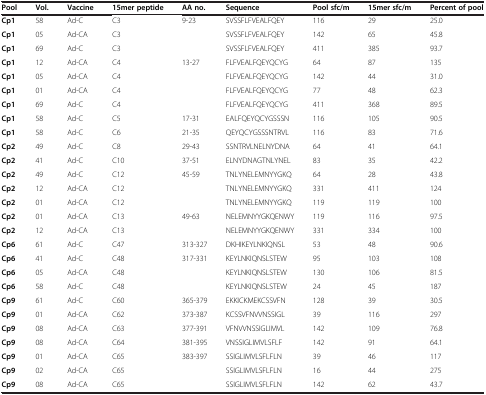
<table><thead><tr><td><b>Pool</b></td><td><b>Vol.</b></td><td><b>Vaccine</b></td><td><b>15mer peptide</b></td><td><b>AA no.</b></td><td><b>Sequence</b></td><td><b>Pool sfc/m</b></td><td><b>15mer sfc/m</b></td><td><b>Percent of pool</b></td></tr></thead><tbody><tr><td><b>Cp1</b></td><td>58</td><td>Ad-C</td><td>C3</td><td>9-23</td><td>SVSSFLFVEALFQEY</td><td>116</td><td>29</td><td>25.0</td></tr><tr><td><b>Cp1</b></td><td>05</td><td>Ad-CA</td><td>C3</td><td> </td><td>SVSSFLFVEALFQEY</td><td>142</td><td>65</td><td>45.8</td></tr><tr><td><b>Cp1</b></td><td>69</td><td>Ad-C</td><td>C3</td><td> </td><td>SVSSFLFVEALFQEY</td><td>411</td><td>385</td><td>93.7</td></tr><tr><td><b>Cp1</b></td><td>12</td><td>Ad-CA</td><td>C4</td><td>13-27</td><td>FLFVEALFQEYQCYG</td><td>64</td><td>87</td><td>135</td></tr><tr><td><b>Cp1</b></td><td>05</td><td>Ad-CA</td><td>C4</td><td> </td><td>FLFVEALFQEYQCYG</td><td>142</td><td>44</td><td>31.0</td></tr><tr><td><b>Cp1</b></td><td>01</td><td>Ad-CA</td><td>C4</td><td> </td><td>FLFVEALFQEYQCYG</td><td>77</td><td>48</td><td>62.3</td></tr><tr><td><b>Cp1</b></td><td>69</td><td>Ad-C</td><td>C4</td><td> </td><td>FLFVEALFQEYQCYG</td><td>411</td><td>368</td><td>89.5</td></tr><tr><td><b>Cp1</b></td><td>58</td><td>Ad-C</td><td>C5</td><td>17-31</td><td>EALFQEYQCYGSSSN</td><td>116</td><td>105</td><td>90.5</td></tr><tr><td><b>Cp1</b></td><td>58</td><td>Ad-C</td><td>C6</td><td>21-35</td><td>QEYQCYGSSSNTRVL</td><td>116</td><td>83</td><td>71.6</td></tr><tr><td><b>Cp2</b></td><td>49</td><td>Ad-C</td><td>C8</td><td>29-43</td><td>SSNTRVLNELNYDNA</td><td>64</td><td>41</td><td>64.1</td></tr><tr><td><b>Cp2</b></td><td>41</td><td>Ad-C</td><td>C10</td><td>37-51</td><td>ELNYDNAGTNLYNEL</td><td>83</td><td>35</td><td>42.2</td></tr><tr><td><b>Cp2</b></td><td>49</td><td>Ad-C</td><td>C12</td><td>45-59</td><td>TNLYNELEMNYYGKQ</td><td>64</td><td>28</td><td>43.8</td></tr><tr><td><b>Cp2</b></td><td>12</td><td>Ad-CA</td><td>C12</td><td> </td><td>TNLYNELEMNYYGKQ</td><td>331</td><td>411</td><td>124</td></tr><tr><td><b>Cp2</b></td><td>01</td><td>Ad-CA</td><td>C12</td><td> </td><td>TNLYNELEMNYYGKQ</td><td>119</td><td>119</td><td>100</td></tr><tr><td><b>Cp2</b></td><td>01</td><td>Ad-CA</td><td>C13</td><td>49-63</td><td>NELEMNYYGKQENWY</td><td>119</td><td>116</td><td>97.5</td></tr><tr><td><b>Cp2</b></td><td>12</td><td>Ad-CA</td><td>C13</td><td> </td><td>NELEMNYYGKQENWY</td><td>331</td><td>334</td><td>100</td></tr><tr><td><b>Cp6</b></td><td>61</td><td>Ad-C</td><td>C47</td><td>313-327</td><td>DKHIKEYLNKIQNSL</td><td>53</td><td>48</td><td>90.6</td></tr><tr><td><b>Cp6</b></td><td>41</td><td>Ad-C</td><td>C48</td><td>317-331</td><td>KEYLNKIQNSLSTEW</td><td>95</td><td>103</td><td>108</td></tr><tr><td><b>Cp6</b></td><td>05</td><td>Ad-CA</td><td>C48</td><td> </td><td>KEYLNKIQNSLSTEW</td><td>130</td><td>106</td><td>81.5</td></tr><tr><td><b>Cp6</b></td><td>58</td><td>Ad-C</td><td>C48</td><td> </td><td>KEYLNKIQNSLSTEW</td><td>24</td><td>45</td><td>187</td></tr><tr><td><b>Cp9</b></td><td>61</td><td>Ad-C</td><td>C60</td><td>365-379</td><td>EKKICKMEKCSSVFN</td><td>128</td><td>39</td><td>30.5</td></tr><tr><td><b>Cp9</b></td><td>01</td><td>Ad-CA</td><td>C62</td><td>373-387</td><td>KCSSVFNVVNSSIGL</td><td>39</td><td>116</td><td>297</td></tr><tr><td><b>Cp9</b></td><td>08</td><td>Ad-CA</td><td>C63</td><td>377-391</td><td>VFNVVNSSIGLIMVL</td><td>142</td><td>109</td><td>76.8</td></tr><tr><td><b>Cp9</b></td><td>08</td><td>Ad-CA</td><td>C64</td><td>381-395</td><td>VNSSIGLIMVLSFLF</td><td>142</td><td>91</td><td>64.1</td></tr><tr><td><b>Cp9</b></td><td>01</td><td>Ad-CA</td><td>C65</td><td>383-397</td><td>SSIGLIMVLSFLFLN</td><td>39</td><td>46</td><td>117</td></tr><tr><td><b>Cp9</b></td><td>02</td><td>Ad-CA</td><td>C65</td><td> </td><td>SSIGLIMVLSFLFLN</td><td>16</td><td>44</td><td>275</td></tr><tr><td><b>Cp9</b></td><td>08</td><td>Ad-CA</td><td>C65</td><td> </td><td>SSIGLIMVLSFLFLN</td><td>142</td><td>62</td><td>43.7</td></tr></tbody></table>